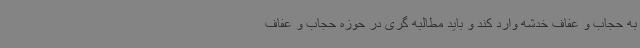
به حجاب و عفاف خدشه وارد کند و باید مطالبه گری در حوزه حجاب و عفاف